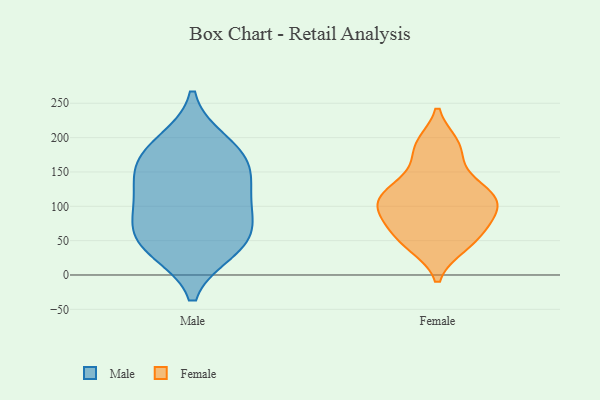
{"axis": {"x": "Bounce Rate (%)", "y": "Value"}, "legend": ["Female", "Male"], "data": [{"x": "", "y": 179, "type": "Male"}, {"x": "", "y": 55, "type": "Male"}, {"x": "", "y": 97, "type": "Male"}, {"x": "", "y": 41, "type": "Male"}, {"x": "", "y": 154, "type": "Male"}, {"x": "", "y": 105, "type": "Male"}, {"x": "", "y": 65, "type": "Male"}, {"x": "", "y": 161, "type": "Male"}, {"x": "", "y": 193, "type": "Male"}, {"x": "", "y": 37, "type": "Male"}, {"x": "", "y": 128, "type": "Male"}, {"x": "", "y": 126, "type": "Female"}, {"x": "", "y": 191, "type": "Female"}, {"x": "", "y": 64, "type": "Female"}, {"x": "", "y": 42, "type": "Female"}, {"x": "", "y": 99, "type": "Female"}, {"x": "", "y": 113, "type": "Female"}, {"x": "", "y": 78, "type": "Female"}, {"x": "", "y": 157, "type": "Female"}, {"x": "", "y": 71, "type": "Female"}, {"x": "", "y": 124, "type": "Female"}, {"x": "", "y": 41, "type": "Female"}, {"x": "", "y": 100, "type": "Female"}, {"x": "", "y": 189, "type": "Female"}, {"x": "", "y": 108, "type": "Female"}]}